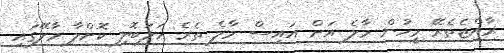
ރާއްޖެތެރޭ މީހުން މާލެ އަށް އައިސް މާލެ ތެރެ ހަލަބޮލި ކޮށްލާ މާލޭގައި